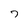
Character: 7